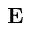
\textbf { E }